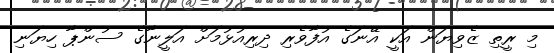
މި ރީތި ޒެވިޔަން އަކީ އޭނަގެ އުފާވެރި ދިރިއުޅުމަށް އަލީނާގެ ސުންޕާ ހިޔަނި